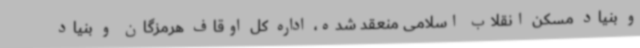
و بنیاد مسکن انقلاب اسلامی منعقد شده، اداره کل اوقاف هرمزگان و بنیاد